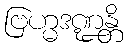
ဗြဟ္မဒဏ္ဍန္တိ